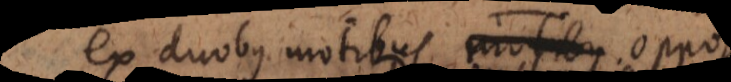
ex duobus motibus oppos